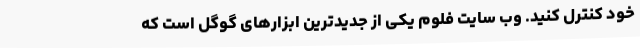
خود کنترل کنید. وب سایت فلوم یکی از جدیدترین ابزارهای گوگل است که